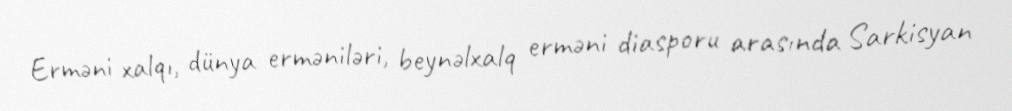
Erməni xalqı, dünya erməniləri, beynəlxalq erməni diasporu arasında Sarkisyan